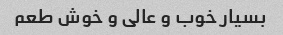
بسیار خوب و عالی و خوش طعم